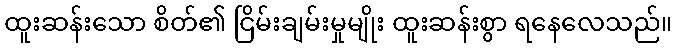
ထူးဆန်းသော စိတ်၏ ငြိမ်းချမ်းမှုမျိုး ထူးဆန်းစွာ ရနေလေသည်။